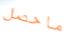
ماحصل